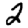
Digit: 2